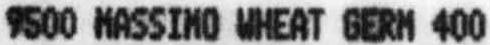
9500 MASSIMO WHEAT GERM 400